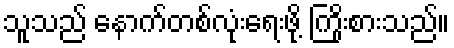
သူသည် နောက်တစ်လုံးရေးဖို့ ကြိုးစားသည်။